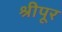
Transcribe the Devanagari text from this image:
श्रीपूर